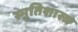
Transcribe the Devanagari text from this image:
स्मृतिशास्त्र